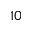
1 0